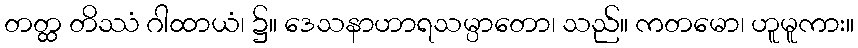
တတ္ထ တိဿံ ဂါထာယံ၊ ၌။ ဒေသနာဟာရသမ္ပာတော၊ သည်။ ကတမော၊ ဟူမူကား။